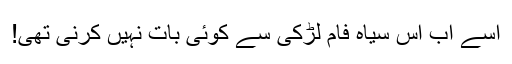
اسے اب اس سیاہ فام لڑکی سے کوئی بات نہیں کرنی تھی!